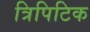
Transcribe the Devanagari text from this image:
त्रिपिटिक